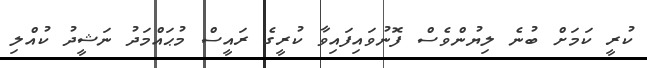
ކުރީ ކަަމަށް ބުނެ ލިޔުންވެސް ފޮނުވައިފައިވާ ކުރީގެ ރައީސް މުޙައްމަދު ނަޝީދު ކުއްލި